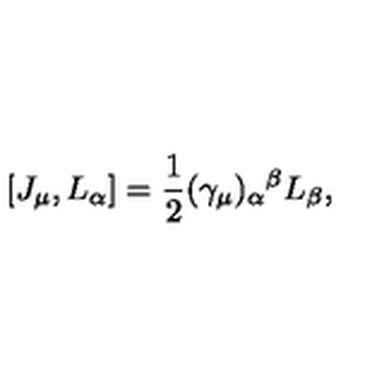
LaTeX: [ J _ { \mu } , L _ { \alpha } ] = \frac { 1 } { 2 } ( \gamma _ { \mu } ) _ { \alpha } { } ^ { \beta } L _ { \beta } ,